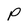
Character: P